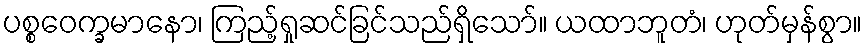
ပစ္စဝေက္ခမာနော၊ ကြည့်ရှုဆင်ခြင်သည်ရှိသော်။ ယထာဘူတံ၊ ဟုတ်မှန်စွာ။